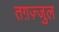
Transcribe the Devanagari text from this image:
तग़ज़्जुल